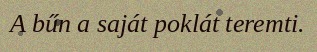
A bűn a saját poklát teremti.